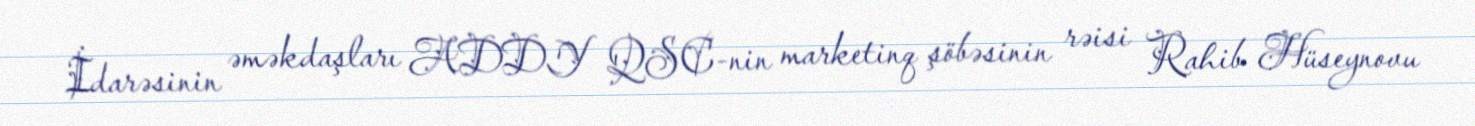
İdarəsinin əməkdaşları ADDY QSC-nin marketinq şöbəsinin rəisi Rahib Hüseynovu